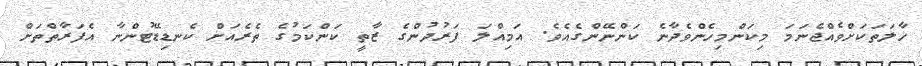
ހާލަތަކަށްވެއްޖެނަމަ މިކަންމިހެންވެދާނެ ކަންނޭންގެއެވެ. އަމިއްލަ ފަރުދުންގެ ޒާތީ ކަންކަމުގެ ތެރެއަށް ކެނޑިޑޭޓުންނާ އެފަރާތްތަށް